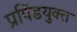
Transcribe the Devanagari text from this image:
प्रपिंडयुक्त